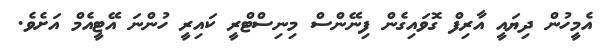
އެމީހުން ދިޔައީ އާރިފް ގޮވައިގެން ފިނޭންސް މިނިސްޓްރީ ކައިރީ ހުންނަ އޭޓީއެމް އަށެވެ.